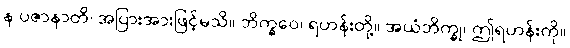
န ပဇာနာတိ၊ အပြားအားဖြင့်မသိ။ ဘိက္ခဝေ၊ ရဟန်းတို့။ အယံဘိက္ခု၊ ဤရဟန်းကို။